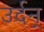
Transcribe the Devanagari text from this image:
उर्दन्